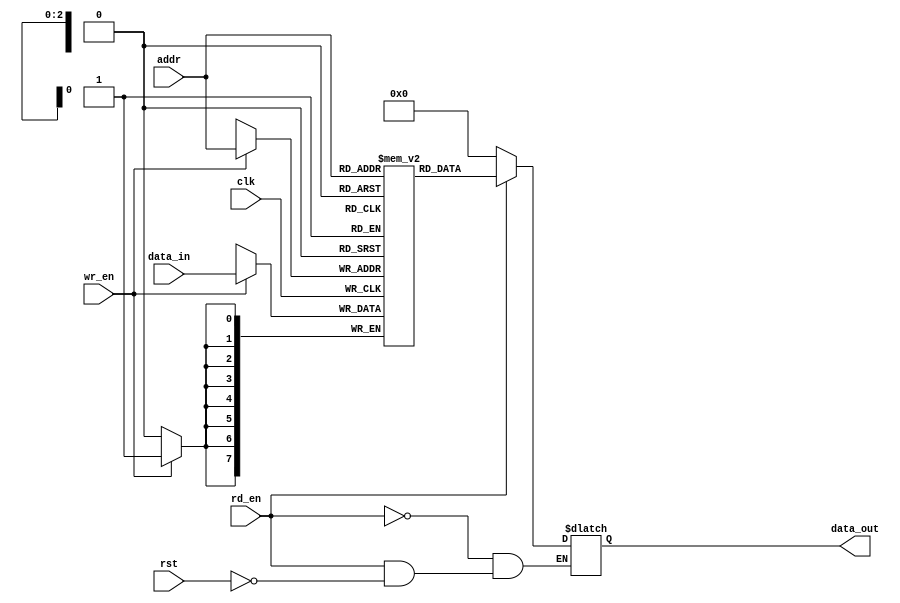
// This program was cloned from: https://github.com/Revenantx86/TinyTPU
// License: MIT License

module dff_mem #
(
    parameter D_W = 8, 
    parameter WORD = 8
)
(
    input wire clk,
    input wire rst,
    // Read Logic
    input wire rd_en,
    input wire [$clog2(WORD)-1:0] addr,
    // Write logic
    input wire wr_en,
    // IO
    input wire [D_W-1:0] data_in,
    output reg [D_W-1:0] data_out
);
//
// Memory Array
reg [D_W-1:0] mem [WORD-1:0];
//
// Write Logic
always @(posedge clk) begin
    if(wr_en) begin
        mem[addr] <= data_in;
    end
end

// Read Logic
always @(*) begin
    if(rd_en) begin
        data_out <= mem[addr];  // Update output only if rd_en is high
    end
    else if(!rd_en) begin
        data_out <= 0;  // Update output only if rd_en is high
    end 
    else if(rst) begin
        data_out <= 0;          // Optionally reset the output to 0 on reset
    end
end


endmodule